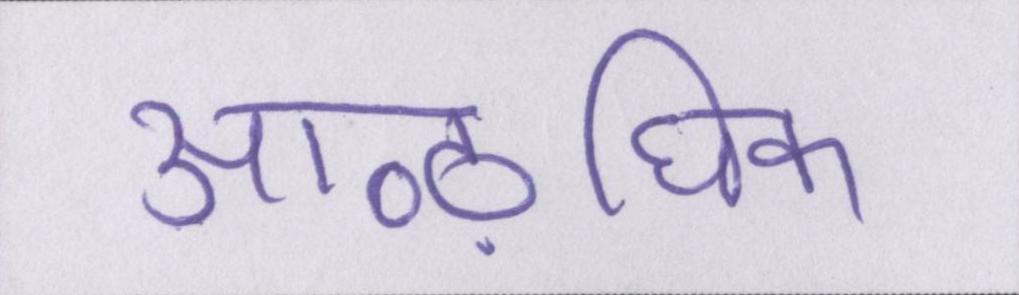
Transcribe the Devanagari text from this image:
आऴधिक